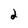
Character: 2